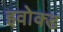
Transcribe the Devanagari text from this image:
इवोक्ड